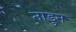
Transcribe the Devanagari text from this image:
ताडुन